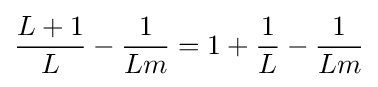
{\frac {L+1}{L}}-{\frac {1}{Lm}}=1+{\frac {1}{L}}-{\frac {1}{Lm}}